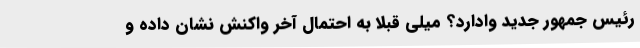
رئیس جمهور جدید وادارد؟ میلی قبلا به احتمال آخر واکنش نشان داده و